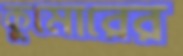
কুমোরের